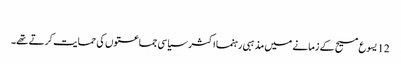
‏
12 یسوع مسیح کے زمانے میں مذہبی رہنما اکثر سیاسی جماعتوں کی حمایت کرتے تھے۔